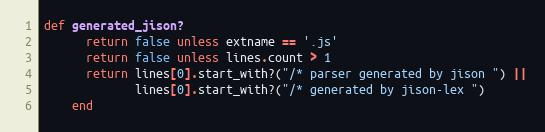
Language: Ruby
def generated_jison?
      return false unless extname == '.js'
      return false unless lines.count > 1
      return lines[0].start_with?("/* parser generated by jison ") ||
             lines[0].start_with?("/* generated by jison-lex ")
    end